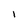
Character: 1